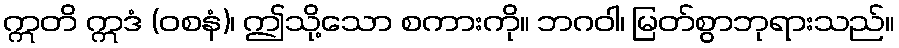
ဣတိ ဣဒံ (ဝစနံ)၊ ဤသို့သော စကားကို။ ဘဂဝါ၊ မြတ်စွာဘုရားသည်။